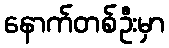
နောက်တစ်ဦးမှာ